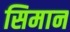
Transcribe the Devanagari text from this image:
सिमान